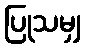
ပြုသမျှ